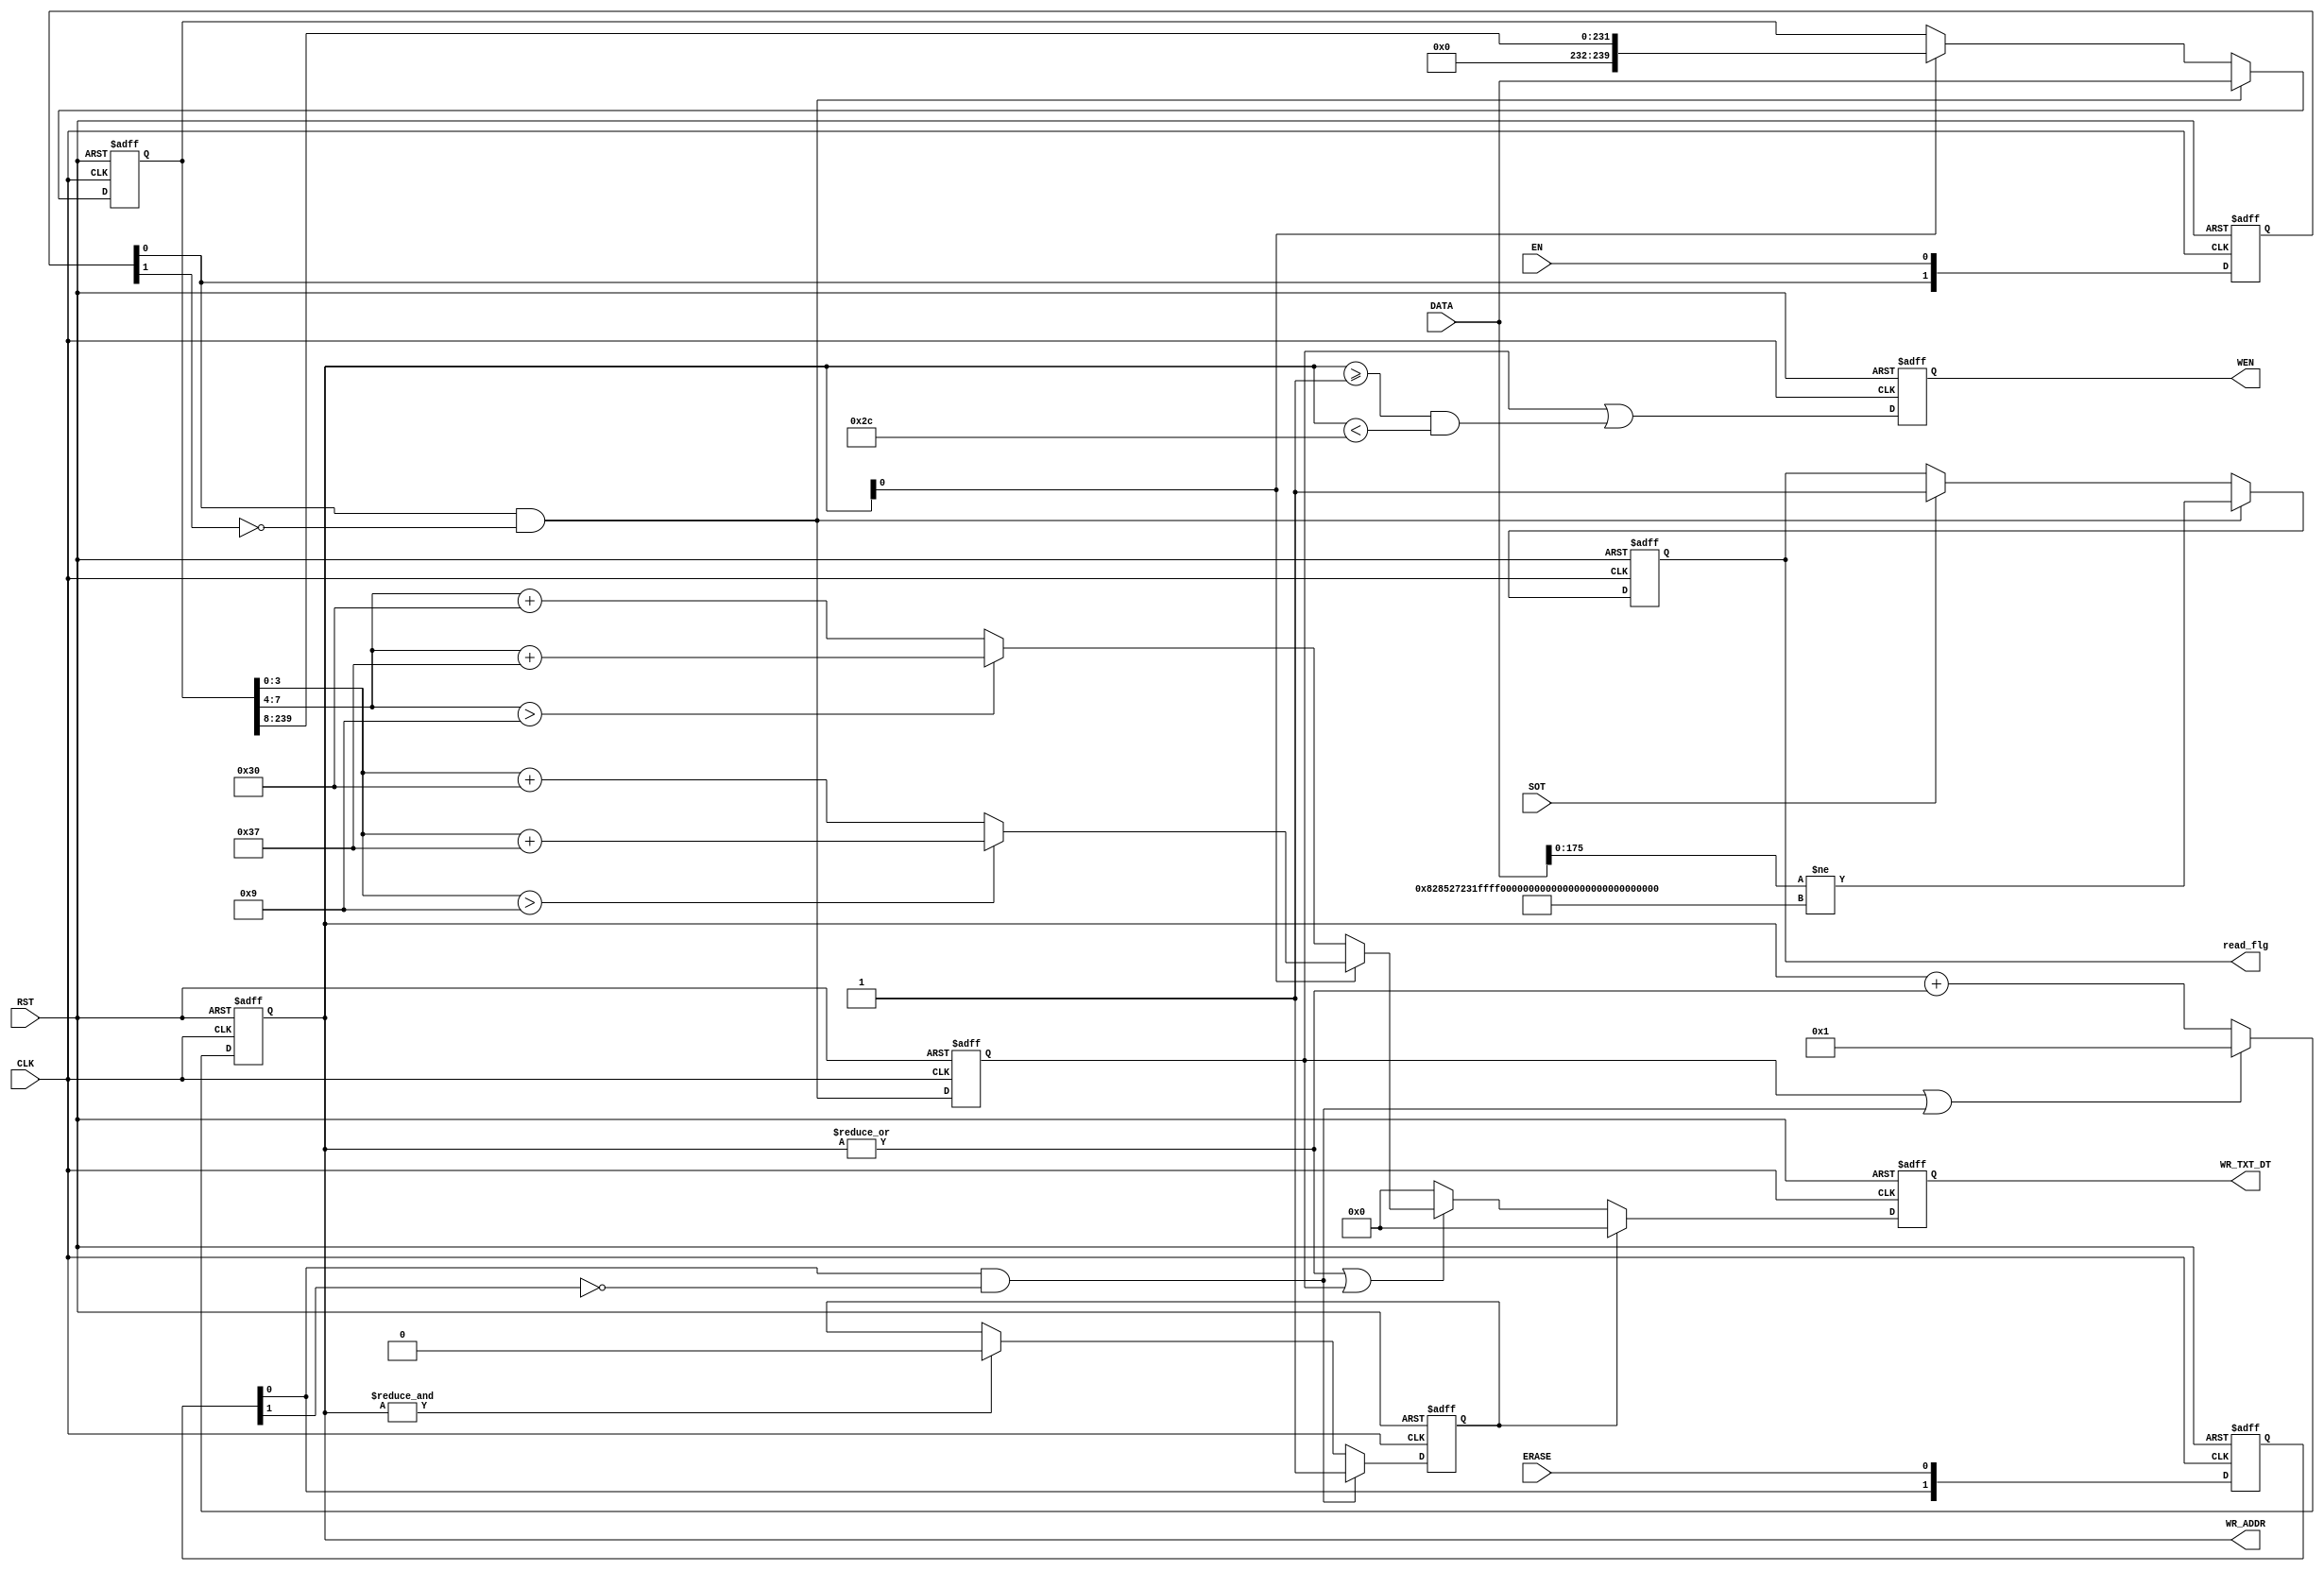
//
//char2mm_2.v
//
module char2mm_2(
					input wire CLK,
					input wire RST,
					
					input wire EN,
					input wire [239:0] DATA,
					
					input wire ERASE,
					
					input wire SOT,	    //20160818 read back judge
					
					output reg read_flg,  //20160818 read back judge
					
					output reg [6:0] WR_TXT_DT,
					
					output reg [6:0] WR_ADDR,
					output reg WEN
					);

reg [1:0] r_en, r_erase;

reg flg_en, flg_erase;

reg [239:0] tmp;

parameter [175:0] WDATA = 176'h000828527231FFFF00000BAE18002C5BFF008041514F;//20160818 read back judge
//20160818 read back judge
//read_flg != WDATA : 1
//read_flg == WDATA : 0
always @ (posedge CLK or posedge RST)
  if (RST)
    read_flg <= #1 1;
  else if(r_en[0]&!r_en[1])
    read_flg <= #1 DATA[175:0] != WDATA;//char num:44
  else
    read_flg <= #1 SOT ? 1 : read_flg;
//--

always @ (posedge CLK or posedge RST)
  if (RST)
    tmp <= #1 0;
  else if (r_en[0]&!r_en[1])
    tmp <= #1 DATA;
  else if (WR_ADDR[0])
    tmp <= #1 {8'd0, tmp[239:8]};
  else
    tmp <= #1 tmp;

always @ (posedge CLK or posedge RST)
  if (RST)
    r_en <= #1 0;
  else
    r_en <= #1 {r_en, EN};
	 
always @ (posedge CLK or posedge RST)
  if (RST)
    flg_en <= #1 0;
  else
    flg_en <= #1 	r_en[0]&!r_en[1]; 
	 
always @ (posedge CLK or posedge RST)
  if (RST)
    r_erase <= #1 0;
  else
    r_erase <= #1 {r_erase, ERASE};
	 
always @ (posedge CLK or posedge RST)
  if (RST)
    flg_erase <= #1 0;
  else if (r_erase[0]&!r_erase[1])
    flg_erase <= #1 1; 
  else if (&WR_ADDR)
    flg_erase <= #1 0;
  else
    flg_erase <= #1  flg_erase;
	 
	 
					
always @ (posedge CLK or posedge RST)
  if (RST)		
   WR_ADDR <= #1 0;
  else if (flg_en|(r_erase[0]&!r_erase[1]))
   WR_ADDR <= #1 1;
  else 
   WR_ADDR <= #1 WR_ADDR+|WR_ADDR;  

always @ (posedge CLK or posedge RST)
  if (RST)
    WEN <= #1 0;
  else
    WEN <= #1 flg_en||(WR_ADDR>=1&&WR_ADDR<44);
	 //flg_en||WR_ADDR>=1;//WR_ADDR>=2&&WR_ADDR<100;//(|WR_ADDR)| (flg_en|flg_erase);

always @ (posedge CLK or posedge RST)
  if (RST)	 
	 WR_TXT_DT <= #1 0;
  else if (flg_erase)
	 WR_TXT_DT <= #1 0;  
  else if ((|WR_ADDR)| (flg_en))
     WR_TXT_DT <= #1 WR_ADDR[0]?(tmp[3:0]>9?tmp[3:0]+55:tmp[3:0]+48):
									(tmp[7:4]>9?tmp[7:4]+55:tmp[7:4]+48);
  /*
    case(WR_ADDR)
		0: WR_TXT_DT <= #1 DATA[7:4]>9?DATA[7:4]+55:DATA[7:4]+48;
	   1: WR_TXT_DT <= #1 DATA[3:0]>9?DATA[3:0]+55:DATA[3:0]+48;
		2: WR_TXT_DT <= #1 DATA[15:12]>9?DATA[15:12]+55:DATA[15:12]+48;
	   3: WR_TXT_DT <= #1 DATA[11:8]>9?DATA[11:8]+55:DATA[11:8]+48;
		4: WR_TXT_DT <= #1 DATA[23:20]>9?DATA[23:20]+55:DATA[23:20]+48;
	   5: WR_TXT_DT <= #1 DATA[19:16]>9?DATA[19:16]+55:DATA[19:16]+48;
		6: WR_TXT_DT <= #1 DATA[31:28]>9?DATA[31:28]+55:DATA[31:28]+48;
	   7: WR_TXT_DT <= #1 DATA[27:24]>9?DATA[27:24]+55:DATA[27:24]+48;
		8: WR_TXT_DT <= #1 DATA[39:36]>9?DATA[39:36]+55:DATA[39:36]+48;
	   9: WR_TXT_DT <= #1 DATA[35:32]>9?DATA[35:32]+55:DATA[35:32]+48;
		10: WR_TXT_DT <= #1 DATA[47:44]>9?DATA[47:44]+55:DATA[47:44]+48;
	   11: WR_TXT_DT <= #1 DATA[43:40]>9?DATA[43:40]+55:DATA[43:40]+48;
		12: WR_TXT_DT <= #1 DATA[55:52]>9?DATA[55:52]+55:DATA[55:52]+48;
	   13: WR_TXT_DT <= #1 DATA[51:48]>9?DATA[51:48]+55:DATA[51:48]+48;
		14: WR_TXT_DT <= #1 DATA[63:60]>9?DATA[63:60]+55:DATA[63:60]+48;
	   15: WR_TXT_DT <= #1 DATA[59:56]>9?DATA[59:56]+55:DATA[59:56]+48;
		16: WR_TXT_DT <= #1 DATA[71:68]>9?DATA[71:68]+55:DATA[71:68]+48;
	   17: WR_TXT_DT <= #1 DATA[67:64]>9?DATA[67:64]+55:DATA[67:64]+48;
		18: WR_TXT_DT <= #1 DATA[79:76]>9?DATA[79:76]+55:DATA[79:76]+48;
	   19: WR_TXT_DT <= #1 DATA[75:72]>9?DATA[75:72]+55:DATA[75:72]+48;
		20: WR_TXT_DT <= #1 DATA[87:84]>9?DATA[87:84]+55:DATA[87:84]+48;
	   21: WR_TXT_DT <= #1 DATA[83:80]>9?DATA[83:80]+55:DATA[83:80]+48;
		22: WR_TXT_DT <= #1 DATA[95:92]>9?DATA[95:92]+55:DATA[95:92]+48;
	   23: WR_TXT_DT <= #1 DATA[91:88]>9?DATA[91:88]+55:DATA[91:88]+48;
		24: WR_TXT_DT <= #1 DATA[103:100]>9?DATA[103:100]+55:DATA[103:100]+48;
	   25: WR_TXT_DT <= #1 DATA[99:96]>9?DATA[99:96]+55:DATA[99:96]+48;
		26: WR_TXT_DT <= #1 DATA[111:108]>9?DATA[111:108]+55:DATA[111:108]+48;
	   27: WR_TXT_DT <= #1 DATA[107:104]>9?DATA[107:104]+55:DATA[107:104]+48;
		28: WR_TXT_DT <= #1 DATA[119:116]>9?DATA[119:116]+55:DATA[119:116]+48;
	   29: WR_TXT_DT <= #1 DATA[3:0]>9?DATA[3:0]+55:DATA[3:0]+48;
		30: WR_TXT_DT <= #1 DATA[7:4]>9?DATA[7:4]+55:DATA[7:4]+48;
	   31: WR_TXT_DT <= #1 DATA[3:0]>9?DATA[3:0]+55:DATA[3:0]+48;
		32: WR_TXT_DT <= #1 DATA[15:12]>9?DATA[15:12]+55:DATA[15:12]+48;
	   33: WR_TXT_DT <= #1 DATA[11:8]>9?DATA[11:8]+55:DATA[11:8]+48;
		34: WR_TXT_DT <= #1 DATA[7:4]>9?DATA[7:4]+55:DATA[7:4]+48;
	   35: WR_TXT_DT <= #1 DATA[3:0]>9?DATA[3:0]+55:DATA[3:0]+48;
		36: WR_TXT_DT <= #1 DATA[15:12]>9?DATA[15:12]+55:DATA[15:12]+48;
	   37: WR_TXT_DT <= #1 DATA[11:8]>9?DATA[11:8]+55:DATA[11:8]+48;
		38: WR_TXT_DT <= #1 DATA[7:4]>9?DATA[7:4]+55:DATA[7:4]+48;
	   39: WR_TXT_DT <= #1 DATA[3:0]>9?DATA[3:0]+55:DATA[3:0]+48;
		40: WR_TXT_DT <= #1 DATA[7:4]>9?DATA[7:4]+55:DATA[7:4]+48;
	   41: WR_TXT_DT <= #1 DATA[3:0]>9?DATA[3:0]+55:DATA[3:0]+48;
		42: WR_TXT_DT <= #1 DATA[15:12]>9?DATA[15:12]+55:DATA[15:12]+48;
	   43: WR_TXT_DT <= #1 DATA[11:8]>9?DATA[11:8]+55:DATA[11:8]+48;
		44: WR_TXT_DT <= #1 DATA[7:4]>9?DATA[7:4]+55:DATA[7:4]+48;
	   45: WR_TXT_DT <= #1 DATA[3:0]>9?DATA[3:0]+55:DATA[3:0]+48;
		46: WR_TXT_DT <= #1 DATA[15:12]>9?DATA[15:12]+55:DATA[15:12]+48;
	   47: WR_TXT_DT <= #1 DATA[11:8]>9?DATA[11:8]+55:DATA[11:8]+48;
		48: WR_TXT_DT <= #1 DATA[7:4]>9?DATA[7:4]+55:DATA[7:4]+48;
	   49: WR_TXT_DT <= #1 DATA[3:0]>9?DATA[3:0]+55:DATA[3:0]+48;
		50: WR_TXT_DT <= #1 DATA[7:4]>9?DATA[7:4]+55:DATA[7:4]+48;
	   51: WR_TXT_DT <= #1 DATA[3:0]>9?DATA[3:0]+55:DATA[3:0]+48;
		52: WR_TXT_DT <= #1 DATA[15:12]>9?DATA[15:12]+55:DATA[15:12]+48;
	   53: WR_TXT_DT <= #1 DATA[11:8]>9?DATA[11:8]+55:DATA[11:8]+48;
		54: WR_TXT_DT <= #1 DATA[7:4]>9?DATA[7:4]+55:DATA[7:4]+48;
	   55: WR_TXT_DT <= #1 DATA[3:0]>9?DATA[3:0]+55:DATA[3:0]+48;
		56: WR_TXT_DT <= #1 DATA[15:12]>9?DATA[15:12]+55:DATA[15:12]+48;
	   57: WR_TXT_DT <= #1 DATA[11:8]>9?DATA[11:8]+55:DATA[11:8]+48;
		58: WR_TXT_DT <= #1 DATA[7:4]>9?DATA[7:4]+55:DATA[7:4]+48;
	   59: WR_TXT_DT <= #1 DATA[3:0]>9?DATA[3:0]+55:DATA[3:0]+48;
		default: 
			 WR_TXT_DT <= #1 0;
	 
	 endcase
	 */
  
  else
	 WR_TXT_DT <= #1 0;
	 
endmodule